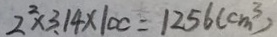
2 ^ { 2 } \times 3 . 1 4 \times 1 0 0 = 1 2 5 6 ( c m ^ { 3 } )